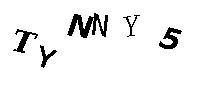
TYNNY5